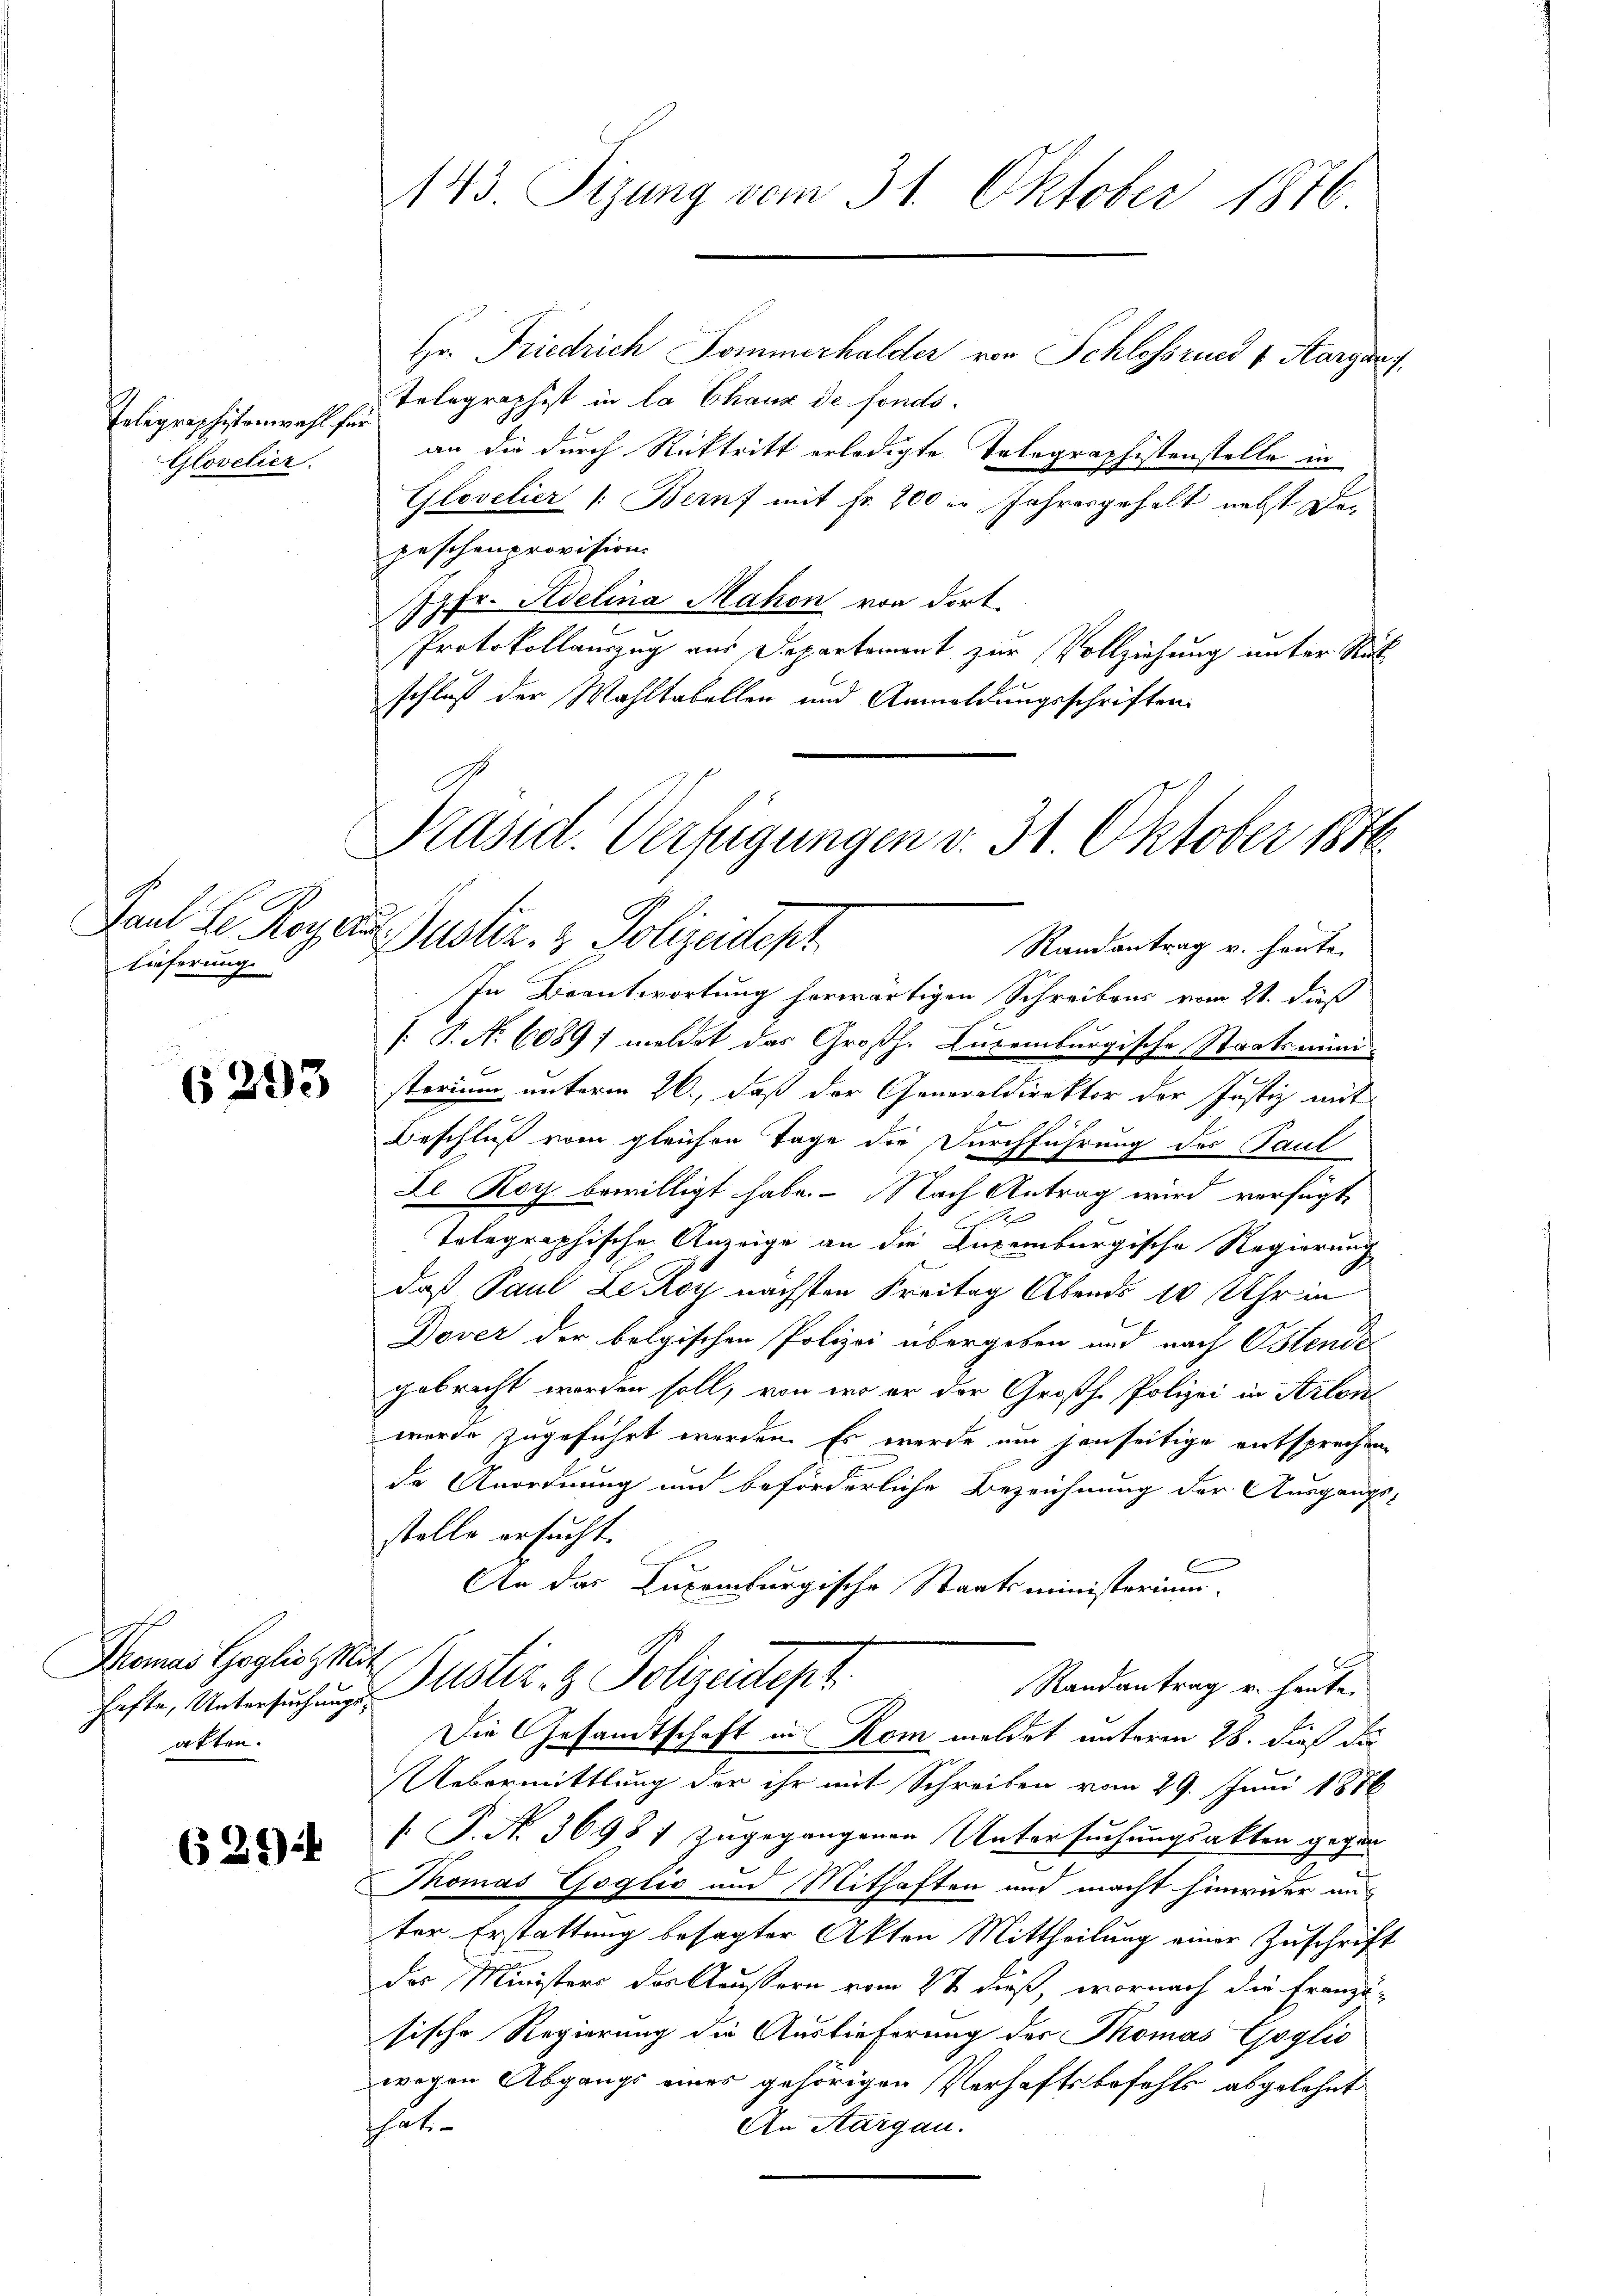
Telegraphistenwahl für
Glovelier.

lieferung

6293

Thomas Goglich Mit
akten.

625)

143. Tizung vom 31. Oktober 1876

Hr. Friedrich Pommerhalder von Schlossrund 4. Aargau,
Tolographist in la Chaux de fonds.
an die durch Rücktritt erledigte Telegraphistenstelle in
Glovelier /: Bernf mit fr. 200 er Jahresgehalt nebst Depeschenprovision
Jgfr. Adelina Mahen von dort.
Protokollauszug aus Departement zur Vollziehung unter Rückschluß der Wahltabellen und Anmeldungsschriften.

In Beantwortung herwärtigen Schreibens vom 21. dieß
[ P. No 6089 / meldet das Großh. Lucenburgische Staatsministerium unterm 26., daß der Generaldirektor der Justiz mit
Beschluß vom gleichen Tage die Durchführung der Paul
Le Roth bewilligt habe. Nach Antrag wird verfügt,
e
Telegraphische Anzeige an die Luxenburgische Regierung
daß Paul Leoy nächsten Freitag Abends 10 Uhr in
Dover der belgischen Polizei übergeben und nach Ostende
gebracht worden soll, von wer er der Großh. Polizei in Strlon
wurde zugeführt werden. Es werde um jenseitige entsprechen
de Anordnung und beförderliche Bezeichnung der Ausgangsstelle ersucht.
l
An das Luxenburgische Staatsministerium.
Randantrag u. heute.
hatte, Untersuchungsstiz- & Polizeidept.
Die Gesandtschaft in Rom meldet unterm 28. dieß die
Uebermittlung der ihr mit Schreiben vom 29. Juni 1856
 P. N. 36987 zugegangenen Untersuchungsakten gegen
Thomas Goglio und Mithaften und macht hinwider aus
ter Erstattung besagter Akten Mittheilung einer Zuschrift
das Ministers des Aussern vom 2t dieß, wornach die Franzö-
sische Regierung die Auslieferung des Thomas Goglio
wegen Abgangs eines gehörigen Verhaftsbefehls abgelehnt
that
An Aargau.

Präsid. Verfügungen v. 31. Oktober 1876.
Paul Le. Rogaus Justiz- & Polizeistert
Randantrag v. heute